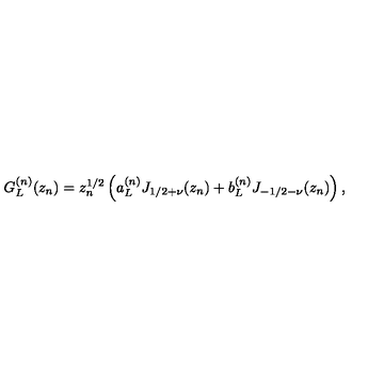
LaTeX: G _ { L } ^ { ( n ) } ( z _ { n } ) = z _ { n } ^ { 1 / 2 } \left( a _ { L } ^ { ( n ) } J _ { 1 / 2 + \nu } ( z _ { n } ) + b _ { L } ^ { ( n ) } J _ { - 1 / 2 - \nu } ( z _ { n } ) \right) ,